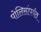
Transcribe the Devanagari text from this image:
पोलिसांपर्यंत